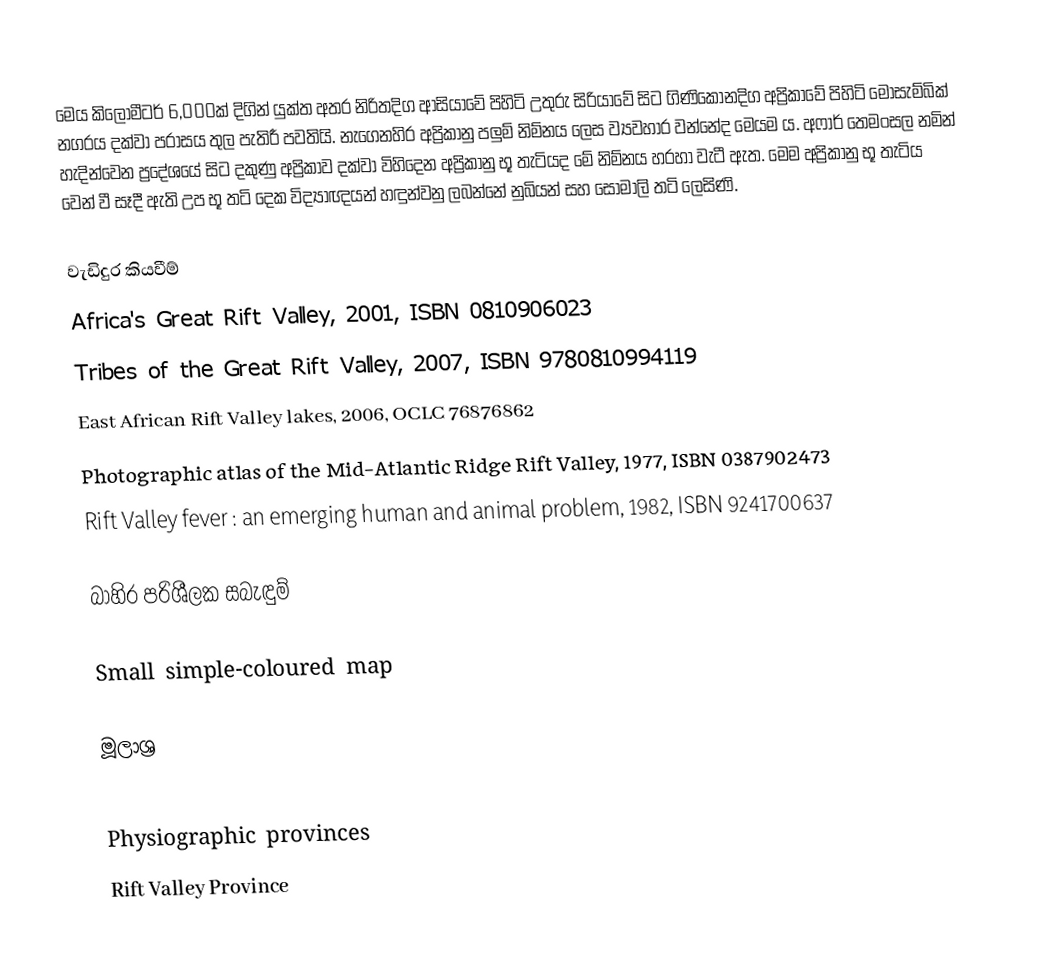
මෙය කිලෝමීටර් 6,000ක් දිගින් යුක්ත අතර නිරිතදිග ආසියාවේ පිහිටි උතුරු සිරියාවේ සිට ගිණිකොනදිග අප්‍රිකාවේ පිහිටි මොසැම්බික් නගරය දක්වා පරාසය තුල පැතිරී පවතියි. නැගෙනහිර අප්‍රිකානු පලුම් නිම්නය ලෙස ව්‍යවහාර වන්නේද මෙයම ය. අෆාර් තෙමංසල නමින් හැදින්වෙන ප්‍රදේශයේ සිට දකුණු අප්‍රිකාව දක්වා විහිදෙන අප්‍රිකානු භූ තැටියද මේ නිම්නය හරහා වැටී ඇත. මෙම අප්‍රිකානු භූ තැටිය වෙන් වී සෑදී ඇති උප භූ තටි දෙක විද්‍යාඥයන් හඳුන්වනු ලබන්නේ නුබියන් සහ සෝමාලි තටි ලෙසිණි.

වැඩිදුර කියවීම්
Africa's Great Rift Valley, 2001, ISBN 0810906023
Tribes of the Great Rift Valley, 2007, ISBN 9780810994119
East African Rift Valley lakes, 2006, OCLC 76876862
Photographic atlas of the Mid-Atlantic Ridge Rift Valley, 1977, ISBN 0387902473
Rift Valley fever : an emerging human and animal problem, 1982, ISBN 9241700637

බාහිර පරිශීලක සබැඳුම්

Small simple-coloured map

මූලාශ්‍ර

Physiographic provinces
Rift Valley Province